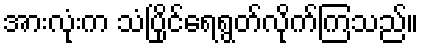
အားလုံးက သံပြိုင်ရေရွတ်လိုက်ကြသည်။